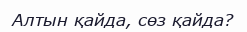
Алтын қайда, сөз қайда?